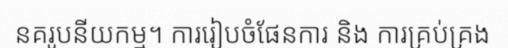
នគរូបនីយកម្ម។ ការរៀបចំផែនការ និង ការគ្រប់គ្រង